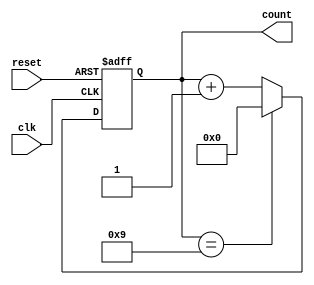
module decade_counter (
    input wire clk,        // Clock input
    input wire reset,      // Asynchronous reset input
    output reg [3:0] count // 4-bit output for the count
);

// Asynchronous reset and counting logic
always @(posedge clk or posedge reset) begin
    if (reset) begin
        count <= 4'b0000; // Reset count to 0
    end else begin
        // Count up logic
        if (count == 4'b1001) begin
            count <= 4'b0000; // Reset to 0 when reaching 10
        end else begin
            count <= count + 1; // Increment count
        end
    end
end

endmodule